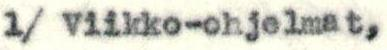
1/ Viikko-ohjelmat,